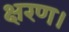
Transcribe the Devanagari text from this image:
क्षरण।